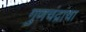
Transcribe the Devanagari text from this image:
गुणचंद्रांचा